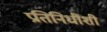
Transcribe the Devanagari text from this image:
प्रतिनिधींशी